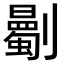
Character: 𠠡